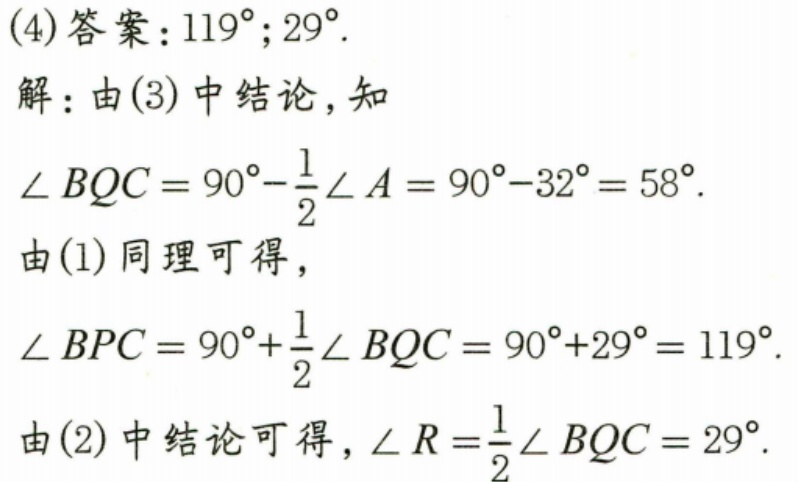
(4)答案：\(119^{\circ};29^{\circ}\).
解：由(3)中结论,知
\(\angle BQC = 90^{\circ}-\frac{1}{2}\angle A=90^{\circ}-32^{\circ}=58^{\circ}\).
由(1)同理可得,
\(\angle BPC = 90^{\circ}+\frac{1}{2}\angle BQC=90^{\circ}+29^{\circ}=119^{\circ}\).
由(2)中结论可得, \(\angle R=\frac{1}{2}\angle BQC = 29^{\circ}\).